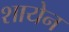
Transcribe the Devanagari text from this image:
शायेन